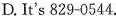
D. It's 829-0544.